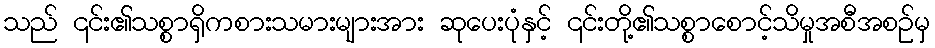
သည် ၎င်း၏သစ္စာရှိကစားသမားများအား ဆုပေးပုံနှင့် ၎င်းတို့၏သစ္စာစောင့်သိမှုအစီအစဉ်မှ